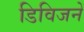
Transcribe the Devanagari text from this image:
डिविजनें